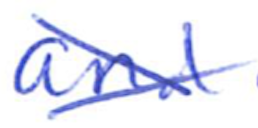
Text: and
Cross-out: cross
Writing tool: ballpoint